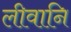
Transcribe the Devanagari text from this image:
लीवानि